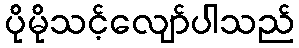
ပိုမိုသင့်လျော်ပါသည်